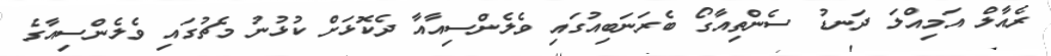
ރެއާލް އަމިއްލަ ދަނޑު ސެންތިއާގޯ ބެރަނަބިއުގައި ވެލެންސިއާއާ ދެކޮޅަށް ކުޅުނު މެޗުގައި ވެލެންސިއާގެ